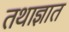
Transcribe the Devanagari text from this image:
तथाज्ञात